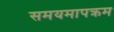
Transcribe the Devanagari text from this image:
समयमापक्रम